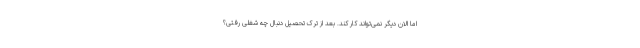
اما الان دیگر نمی‌تواند کار کند. بعد از ترک تحصیل دنبال چه شغلی رفتی؟